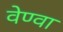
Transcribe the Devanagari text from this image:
वेण्वा